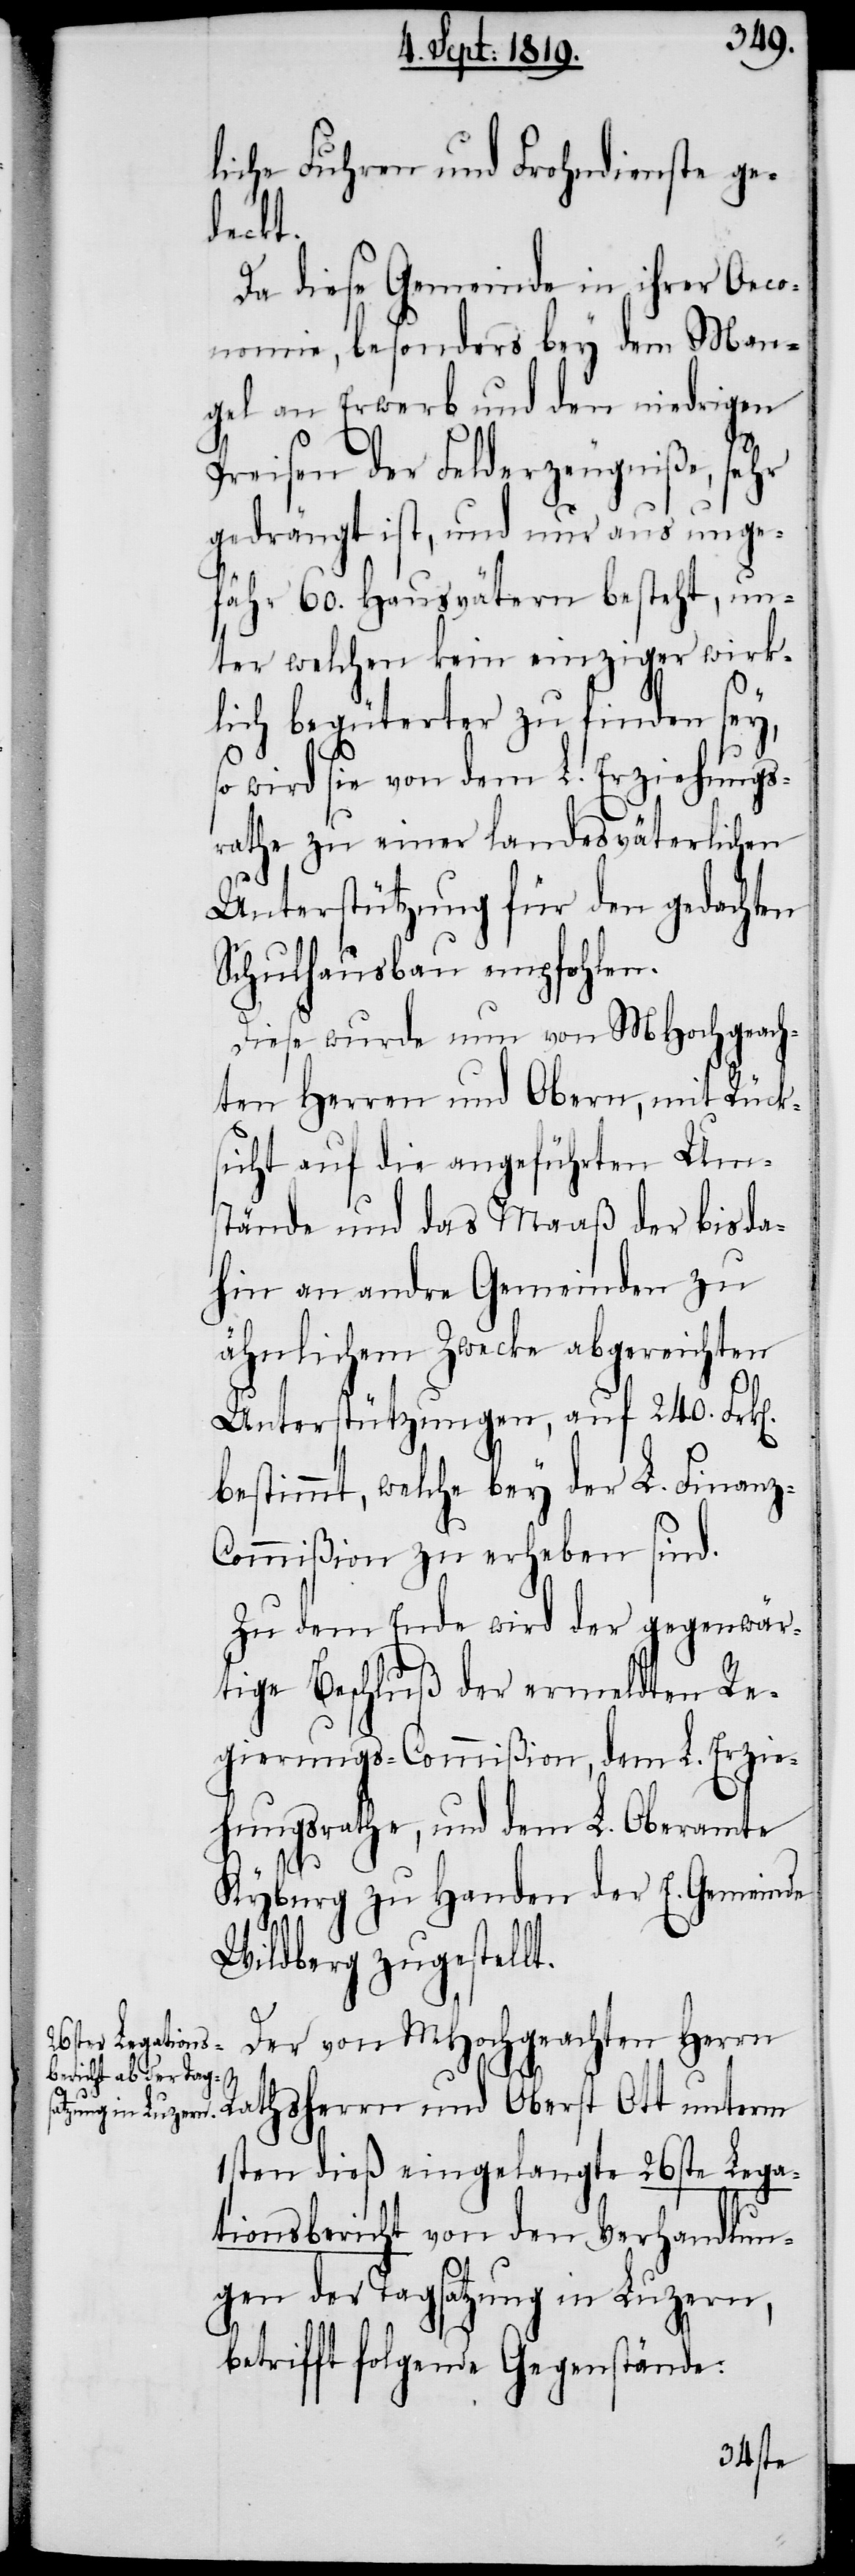
liche Fuhren und Frohndienste ge¬
deckt.
Da diese Gemeinde in ihrer Oeco¬
nomie, besonders bey dem Man¬
gel an Erwerb und den niedrigen
Preisen der Felderzeugniße, sehr
gedrängt ist, und nur aus unge¬
fähr 60. Hausvätern besteht, un¬
ter welchen kein einziger wirk¬
lich begüterter zu finden sey,
wird sie von dem L. Erziehungs¬
rathe zu einer landesväterlichen
Unterstützung für den gedachten
Schulhausbau empfohlen.
Diese wurde nun von MHochgeach¬
ten Herren und Obern, mit Rücks¬
icht auf die angeführten Um¬
stände und das Maaß der bis da¬
hin an andre Gemeinden zu
ähnlichem Zwecke abgereichten
Unterstützungen, auf 240. Frk[e¬
bestimmt, welche bey der L. Finanz-C¬
ommißion zu erheben sind.
Zu dem Ende wird der gegenwär¬
tige Beschluß der ermeldten Re¬
gierungs-Commißion, dem L. Erzie¬
hungsrathe, und dem L. Oberamte
Kyburg zu Handen der E. Gemeinde
Wildberg zugestellt.
n].
Der von MHochgeachten Herrn
Rathsherrn und Oberst Ott unterm
1sten dieß eingelangte 26ste Lega¬
tionsbericht von den Verhandlun¬
gen der Tagsatzung in Luzern,
betrifft folgende Gegenstände: